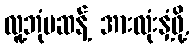
လူ့ဘုံမဆန့် အားလုံးနှံ့ဖို့,